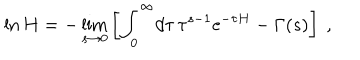
LaTeX: \ln H = - \lim _ { s \rightarrow 0 } \left[ \int _ { 0 } ^ { \infty } \! d \tau \, \tau ^ { s - 1 } { \mathrm e } ^ { - \tau H } - \Gamma ( s ) \right] \ ,